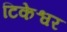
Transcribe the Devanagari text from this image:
टिकेश्वर